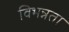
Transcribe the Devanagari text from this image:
विभन्नता